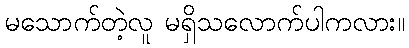
မသောက်တဲ့လူ မရှိသလောက်ပါကလား။